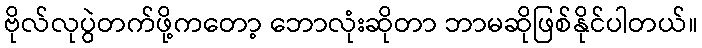
ဗိုလ်လုပွဲတက်ဖို့ကတော့ ဘောလုံးဆိုတာ ဘာမဆိုဖြစ်နိုင်ပါတယ်။